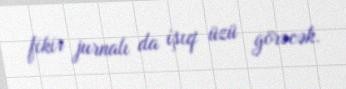
fikir jurnalı da işıq üzü görəcək.